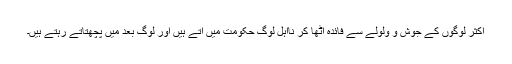
اکثر لوگوں کے جوش و ولولے سے فائدہ اٹھا کر نااہل لوگ حکومت میں آتے ہیں اور لوگ بعد میں پچھتاتے رہتے ہیں۔